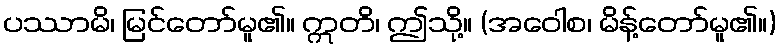
ပဿာမိ၊ မြင်တော်မူ၏။ ဣတိ၊ ဤသို့။ (အဝေါစ၊ မိန့်တော်မူ၏။)